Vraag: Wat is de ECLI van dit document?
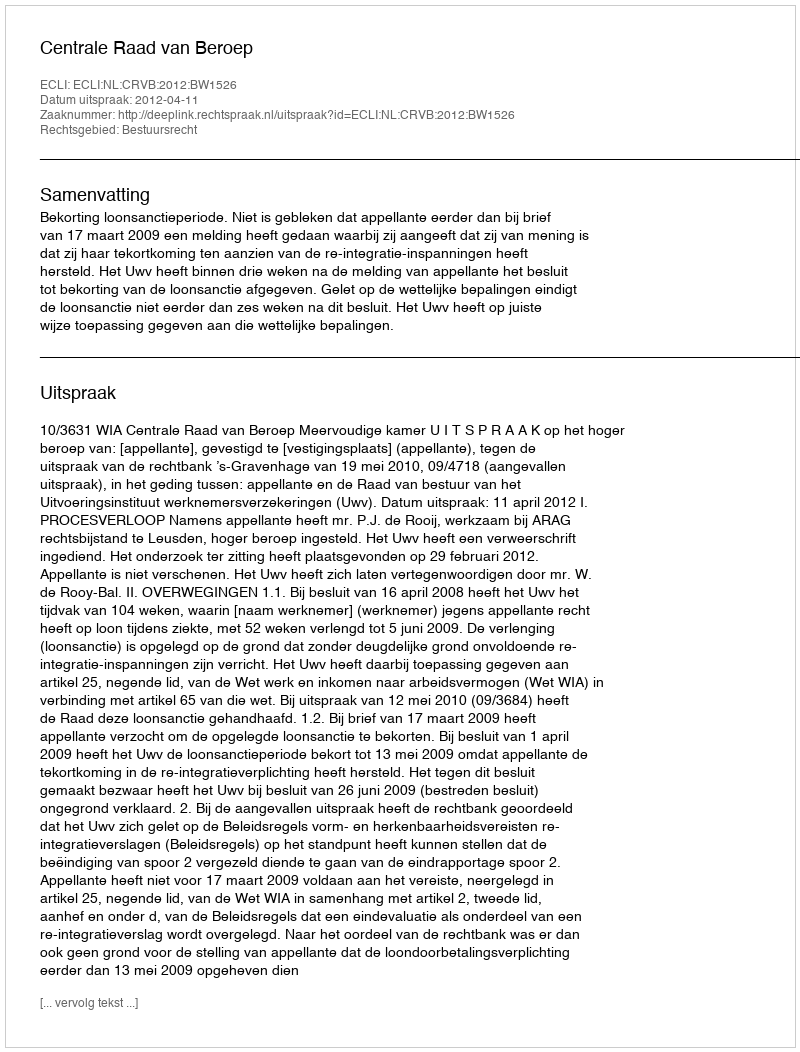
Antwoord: ECLI:NL:CRVB:2012:BW1526